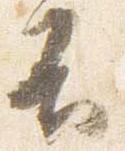
不